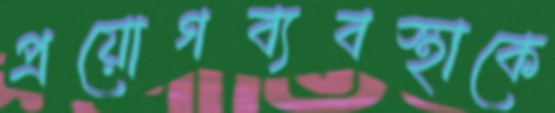
প্রয়োগব্যবস্থাকে